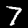
Label: 7